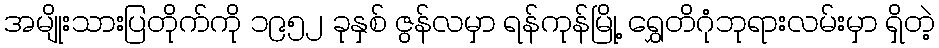
အမျိုးသားပြတိုက်ကို ၁၉၅၂ ခုနှစ် ဇွန်လမှာ ရန်ကုန်မြို့ ရွှေတိဂုံဘုရားလမ်းမှာ ရှိတဲ့